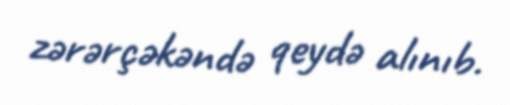
zərərçəkəndə qeydə alınıb.